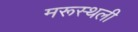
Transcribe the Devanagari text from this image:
मरूस्थली